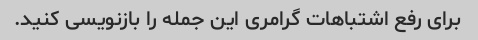
برای رفع اشتباهات گرامری این جمله را بازنویسی کنید.